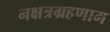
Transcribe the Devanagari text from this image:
नक्षत्रग्रहणाम